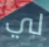
لي